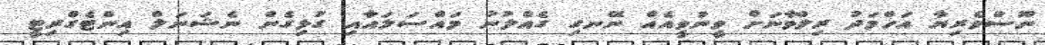
ނޫސްވެރިޔާ އަހްމަދު ރިލްވާނަށް ވީނުވީއެއް ނޭނގި ގެއްލުނު މައްސަލައާއި ގުޅިގެން ނެޝަނަލް އިންޓެގްރިޓީ